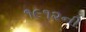
૧૯૧૨ની